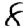
Digit: 8